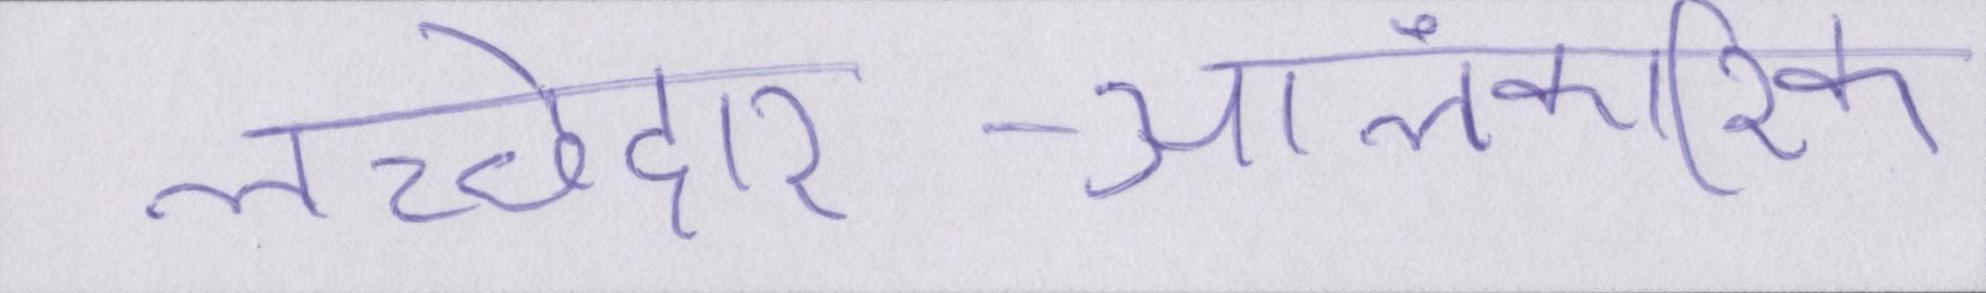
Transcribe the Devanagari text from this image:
लच्छेदार-आलंकारिक